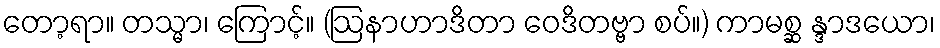
တော့ရာ။ တသ္မာ၊ ကြောင့်။ (ဩနာဟာဒိတာ ဝေဒိတဗ္ဗာ စပ်။) ကာမစ္ဆ န္ဒာဒယော၊